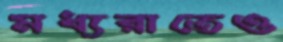
মধ্যরাতেও